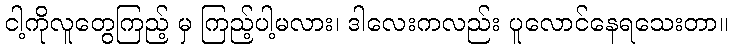
ငါ့ကိုလူတွေကြည့် မှ ကြည့်ပါ့မလား၊ ဒါလေးကလည်း ပူလောင်နေရသေးတာ။